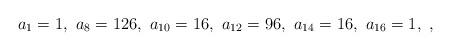
LaTeX: \begin{align*}a_1=1,\,\,a_{8}=126,\,\, a_{10}=16, \,\, a_{12}=96,\,\, a_{14}=16,\,\, a_{16}=1,\,\,,\end{align*}